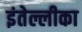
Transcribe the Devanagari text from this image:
इंतेल्लीका